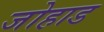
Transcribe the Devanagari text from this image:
जोहाड